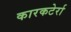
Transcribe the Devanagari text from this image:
कारकटेर्रा